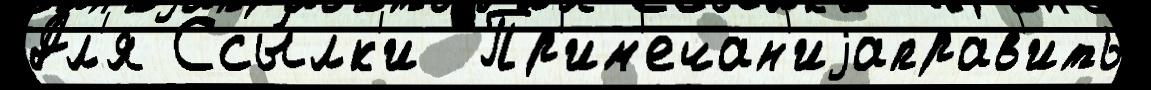
Дл'я Ссы́лк'и  Пр'им'ечан'иjаправ'ить